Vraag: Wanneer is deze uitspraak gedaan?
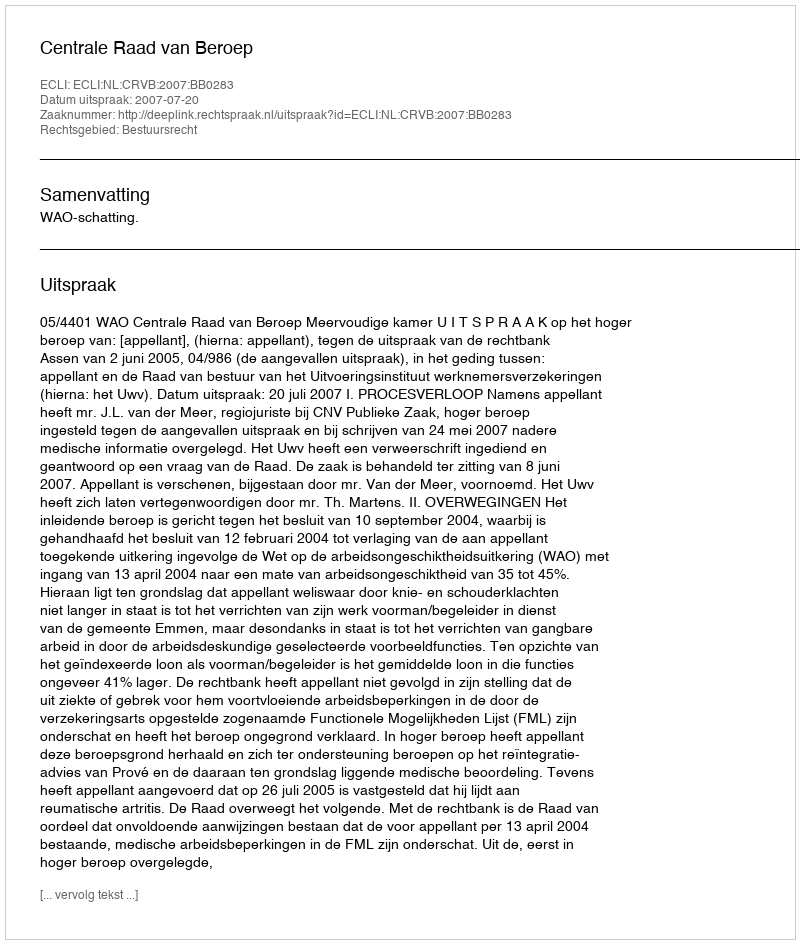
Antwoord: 2007-07-20